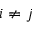
i \neq j